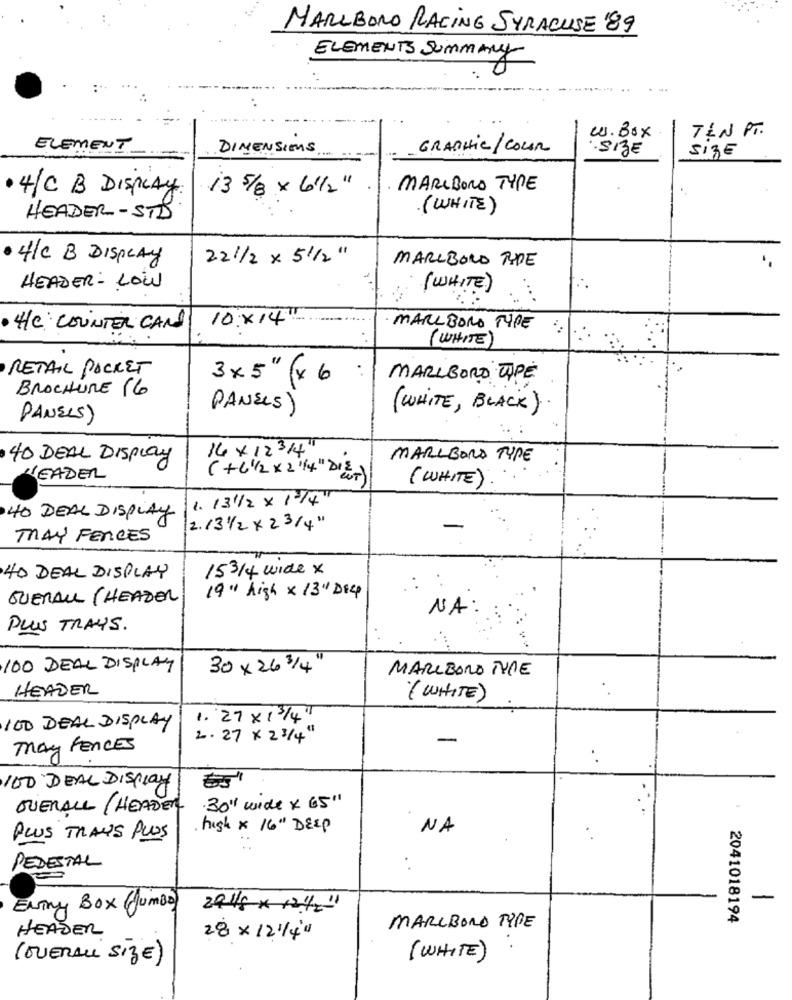
MARLBORO RACING SYRACUSE '89
ELEMENTS SUMMARY
TLN PT.
W.Box
ELEMENT
DIMENSIONS
GRAPHIC / COUR
·SIZE
Size
4/C B DISPLAY
13 5/8 × 6'/2"
MARLBORO TYPE
( WHITE)
HEADER -STD
4/C B DISPLAY
22 1/2 x 51/2 "
MARLBORO TYPE
HEADER - LOW
( WHITE)
10:x14 ...
........
He COUNTER CAN
MARLBORO TYPE
(WHITE)
RETAIL POCKET
3x5" (x 6
MARLBORO TYPE
BROCHURE 16
PANELS)
PANELS)
( WHITE, BLACK)
14 × 12 3/4"
40 DEAL DISPLAY
MARLBORA TYPE
LEADER
(+6 1/2 × 2 1/4" DIEr)
(WHITE)
1. 13 1/2 × 1"/"
40 DEAL DISPLAY
2. 1 3 1/2 x 23/4"
MAY FENCES
153/4 wide x
40 DEAL DISPLAY
19" high x 13" Dig
QUERALL (HEADER
NA
PLUS TRAYS.
100 DEAL DISPLAY
30 x 26 3/4"
MARLBORO TYPE
HEADER
( WHITE)
1.27 x 1 3/4"
100 DEAL DISPLAY
2. 27 x 2 3/4
May FENCES
. .
100 DEAL DISPLAY
OVERALL /HEADER
.30" wide x 65'
high × 16" DEEP
NA
PLUS TRAYS PLUS
: :
PEDESTAL
..
-
ENTRY BOX (Jumbo)
29 /5 x 124/2"
2041018194
MARLBORO TYPE
HEADER
28 x 12 1/4"
(OVERALL SIZE)
( WHITE)